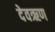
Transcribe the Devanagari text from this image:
देवऋण